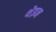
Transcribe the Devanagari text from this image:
थेइन